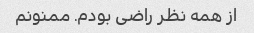
از همه نظر راضی بودم. ممنونم